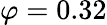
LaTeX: \varphi=0.32